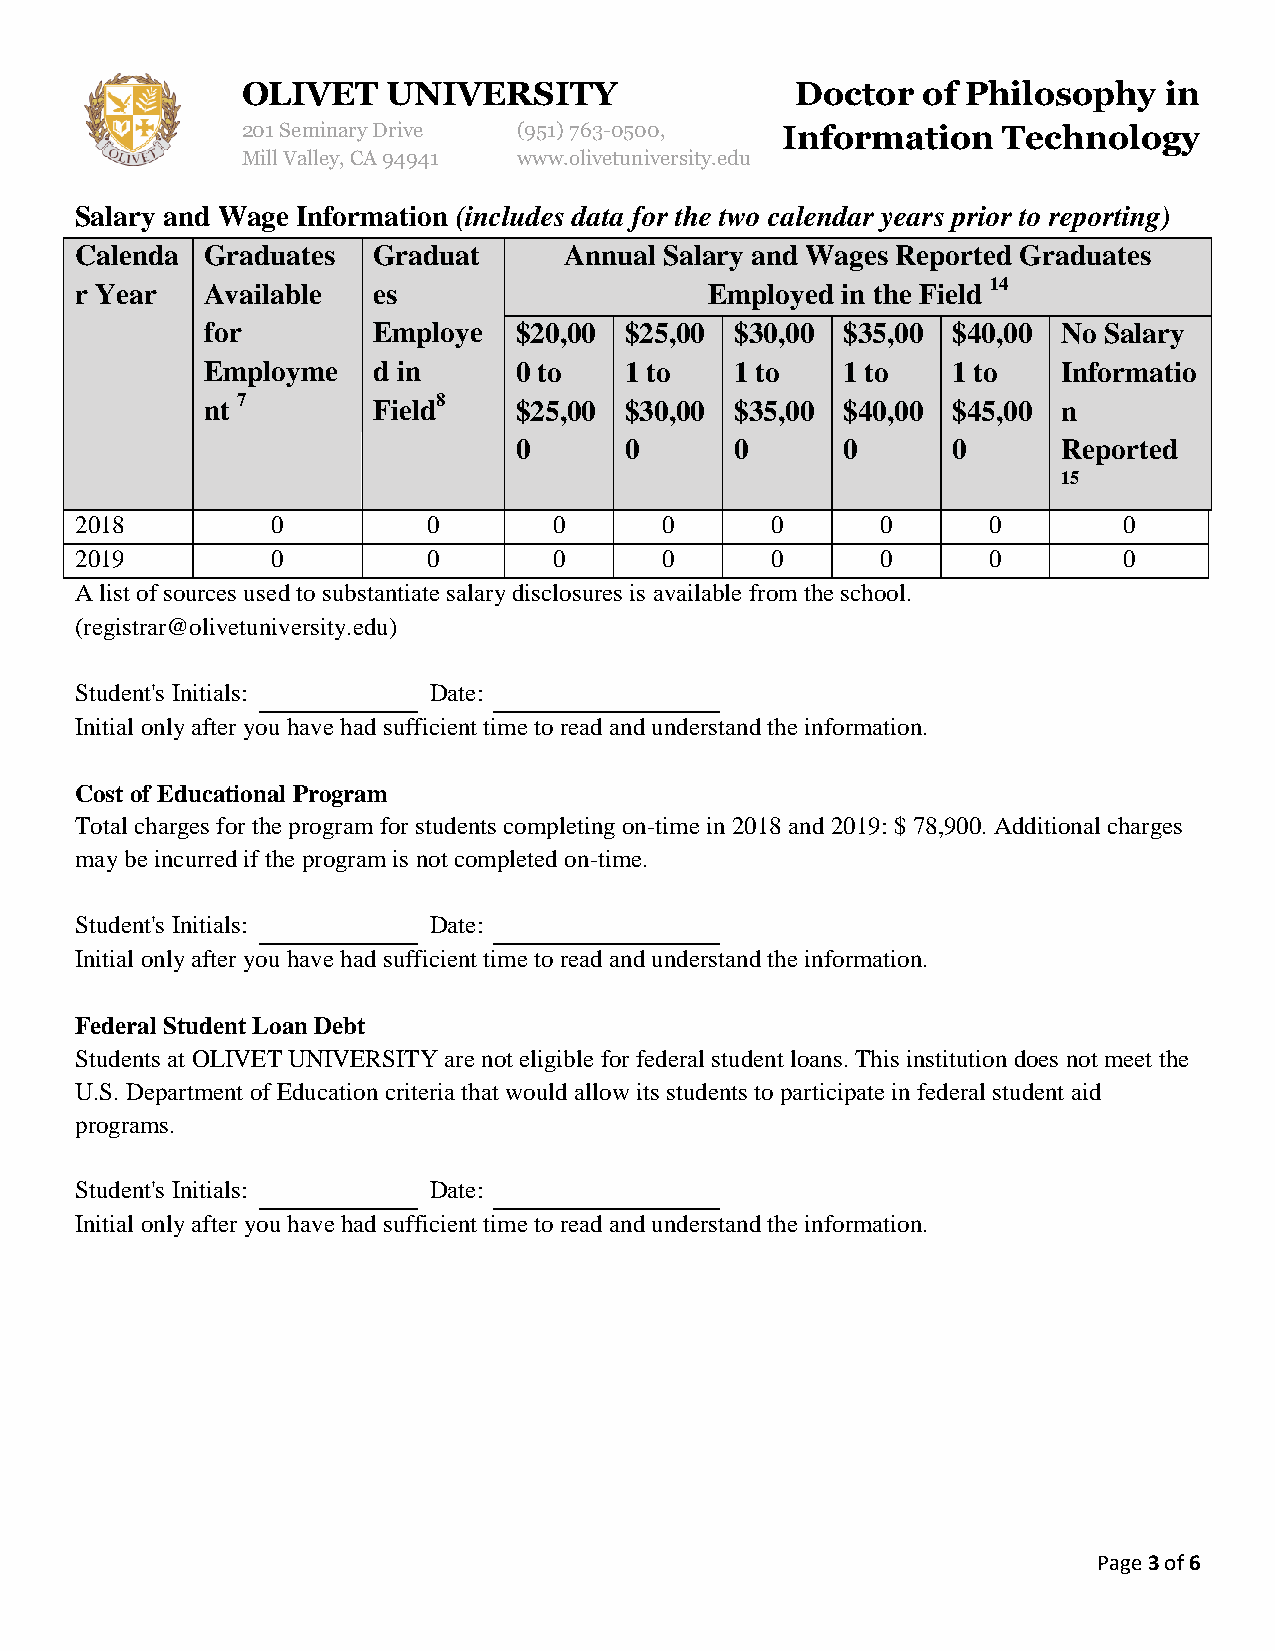
OLIVET    UNIVERSITY                 Doctor  of Philosophy   in
 201 Seminary Drive (951)763-0500,   Information   Technology
 Mill Valley, CA 94941 www.olivetuniversity.edu
 Salary and Wage Information (includes data for the two calendar years prior to reporting)
 Calenda  Graduates  Graduat     Annual Salary and Wages Reported Graduates
 r Year   Available  es                    Employed in the Field 14
 for        Employe  $20,00 $25,00  $30,00 $35,00 $40,00 No Salary
 Employme   d in     0 to   1 to    1 to   1 to   1 to   Informatio
 nt 7       Field8   $25,00 $30,00  $35,00 $40,00 $45,00 n
 0      0       0      0      0      Reported
 15
 2018         0         0        0      0      0      0      0        0
 2019         0         0        0      0      0      0      0        0
 A list of sources used to substantiate salary disclosures is available from the school.
 (registrar@olivetuniversity.edu)
 Student's Initials:    Date:
 Initial only after you have had sufficient time to read and understand the information.
 Cost of Educational Program
 Total charges for the program for students completing on-time in 2018 and 2019: $ 78,900. Additional charges
 may be incurred if the program is not completed on-time.
 Student's Initials:    Date:
 Initial only after you have had sufficient time to read and understand the information.
 Federal Student Loan Debt
 Students at OLIVET UNIVERSITY are not eligible for federal student loans. This institution does not meet the
 U.S. Department of Education criteria that would allow its students to participate in federal student aid
 programs.
 Student's Initials:    Date:
 Initial only after you have had sufficient time to read and understand the information.
 Page 3 of 6